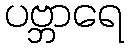
ပဗ္ဘာရေ